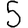
Digit: 5